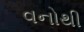
વનોથી